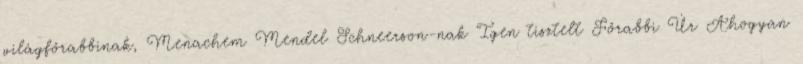
világfőrabbinak, Menachem Mendel Schneerson-nak Igen tisztelt Főrabbi Úr Ahogyan